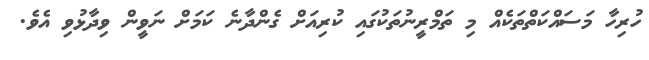
ހުރިހާ މަސައްކަތްތަކެއް މި ތަމްރީނުތަކުގައި ކުރިއަށް ގެންދާނެ ކަމަށް ނަވީން ވިދާޅުވި އެވެ.